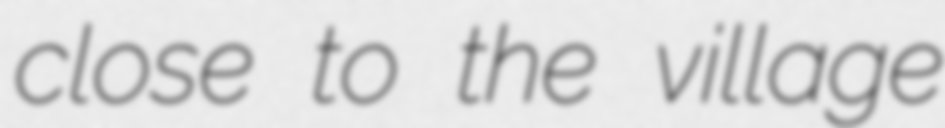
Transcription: close to the village